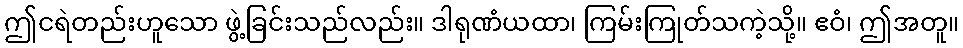
ဤငရဲတည်းဟူသော ဖွဲ့ခြင်းသည်လည်း။ ဒါရုဏံယထာ၊ ကြမ်းကြုတ်သကဲ့သို့။ ဧဝံ၊ ဤအတူ။